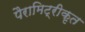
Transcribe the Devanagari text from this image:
पैरामिट्रीकृत